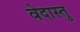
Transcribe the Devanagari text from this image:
वेदास्तु